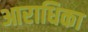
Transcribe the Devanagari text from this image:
आराधिका